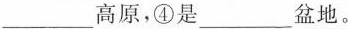
___高原，④是___盆地。